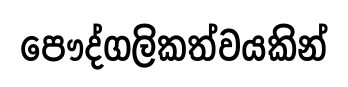
පෞද්ගලිකත්වයකින්